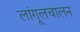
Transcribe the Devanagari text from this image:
लांगूलचालन